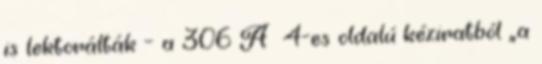
is lektorálták – a 306 A 4-es oldalú kézi­rat­ból „a